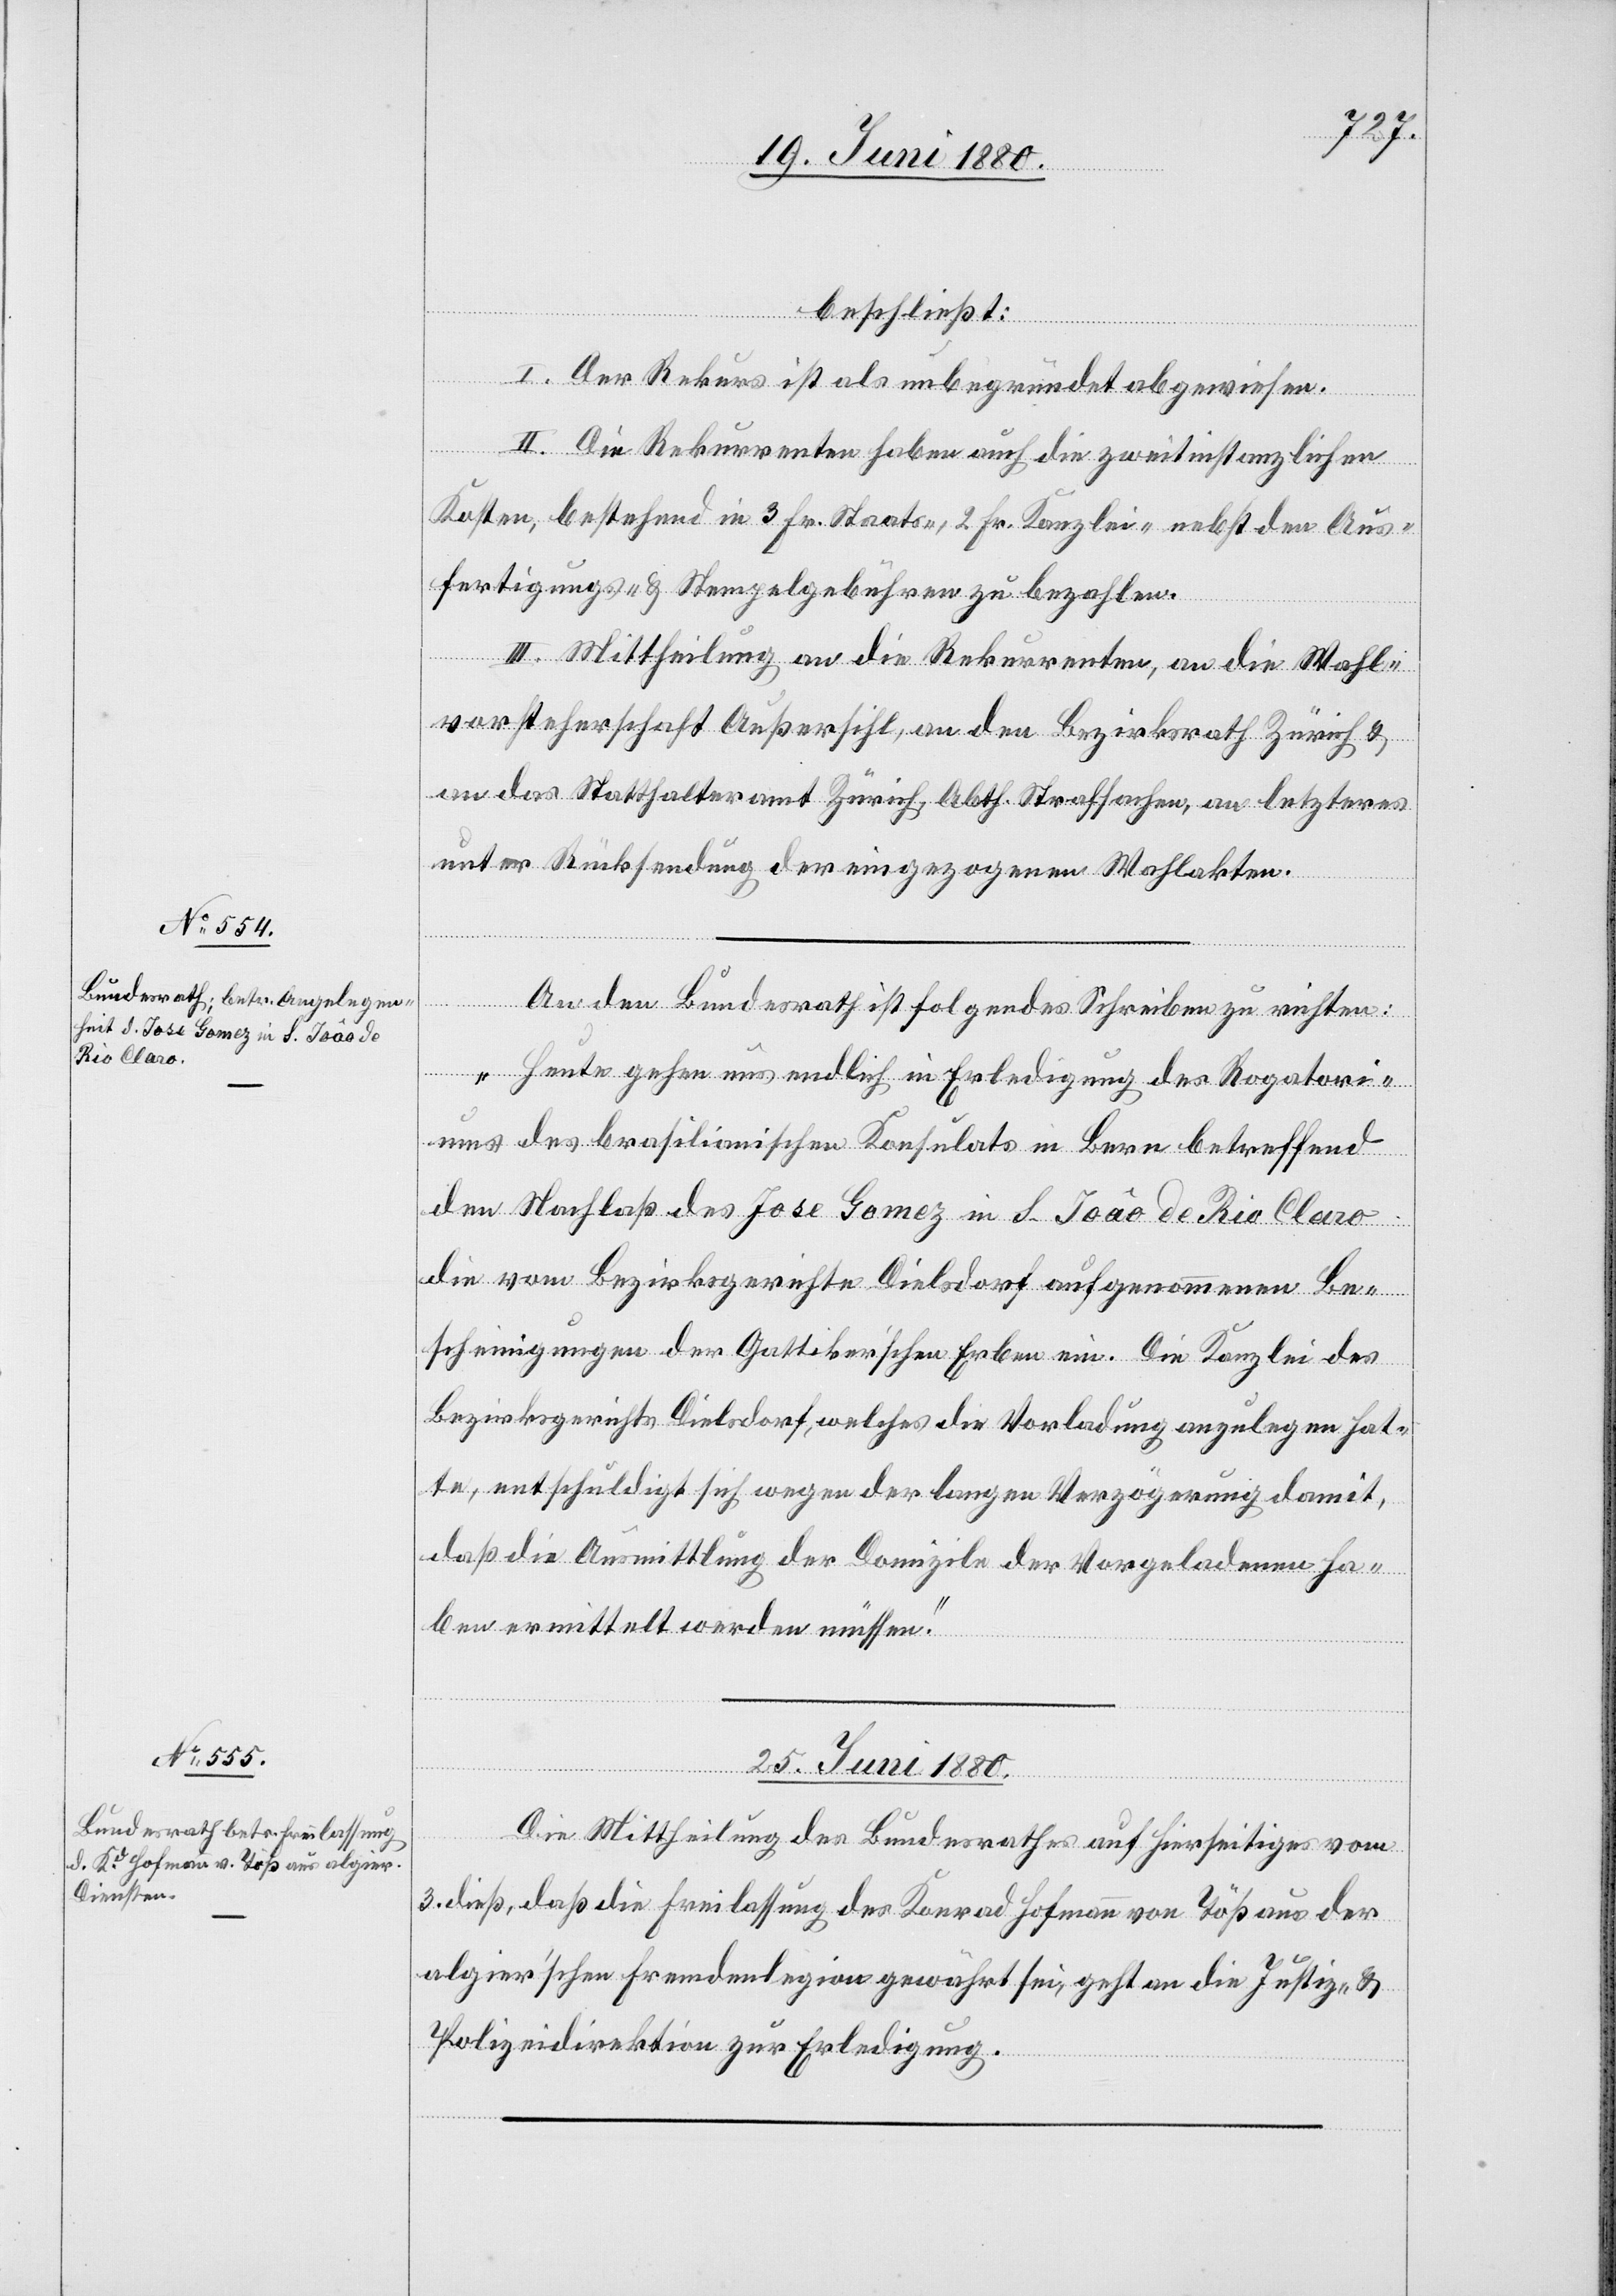
beschließt:
I. Der Rekurs ist als unbegründet abgewiesen.
II. Die Rekurrenten haben auch die zweitinstanzlichen
Kosten, bestehend in 3 Fr. Staats-, 2 Fr. Kanzlei- nebst den Aus¬
fertigungs- & Stempelgebühren zu bezahlen.
l-Verfügungen.]
III. Mittheilung an die Rekurrenten, an die Wahl¬
vorsteherschaft Außersihl, an den Bezirksrath Zürich &
an das Statthalteramt Zürich, Abth. Strafsachen, an letzteres
unter Rücksendung der eingezogenen Wahlakten.
An den Bundesrath ist folgendes Schreiben zu richten:
„Heute gehen uns endlich in Erledigung des Rogatori¬
ums des brasilianischen Konsulats in Bern betreffend
den Nachlaß des Jose Gomez in S. Joâo de Rio Claro
die vom Bezirksgerichte Dielsdorf aufgenommenen Be¬
scheinigungen der Gottliker’schen Erben ein. Die Kanzlei des
Bezirksgerichtes Dielsdorf, welches die Vorladung anzulegen hat¬
te, entschuldigt sich wegen der langen Verzögerung damit,
daß die Ausmittlung der Domizile der Vorgeladenen ha¬
ben ermittelt werden müssen
25. Juni 1880.
Die Mittheilung des Bundesrathes auf hierseitiges vom
3. dieß, daß die Freilassung des Konrad Hofmann von Töß aus der
algier’schen Fremdenlegion gewährt sei, geht an die Justiz- &
Polizeidirektion zur Erledigung.